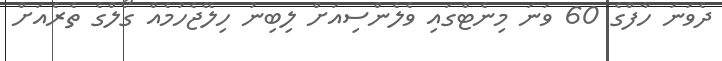
ދެވަނަ ހާފްގެ 60 ވަނަ މިނެޓްގައި ވެލެންސިއަށް ލިބިނު ހިލޭޖެހުމެއް ގޯލްގެ ތެރެއަށް